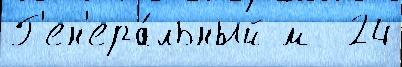
Г'ен'ера́льный м  24